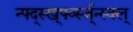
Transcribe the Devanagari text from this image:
न्फ्द्स्ख्र्फ्व्स्ज्न्स्क्ल्